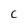
Character: c